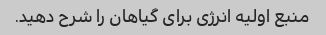
منبع اولیه انرژی برای گیاهان را شرح دهید.